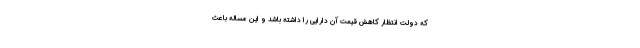
که دولت انتظار کاهش قیمت آن دارایی را داشته باشد و این مساله باعث